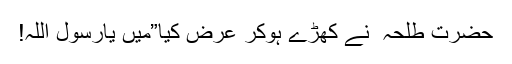
حضرت طلحہ ؓ نے کھڑے ہوکر عرض کیا”میں یارسول اللہ!